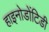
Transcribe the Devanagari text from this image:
हाइनोडोंटिडी